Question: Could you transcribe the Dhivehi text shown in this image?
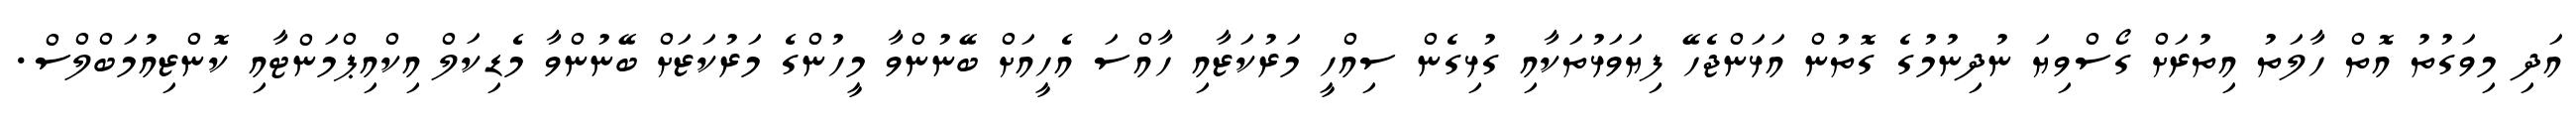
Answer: އަދި މިވަގުތު އޮތް ހާލަތު އިތުރަށް ގޯސްވިޔަ ނުދިނުމުގެ ގޮތުން އަޅަންޖެހޭ ފިޔަވަޅުތަކާއި ގުޅިގެން ސިއްހީ މަރުކަޒާއި ހާއްސަ އެހީއަށް ބޭނުންވާ މީހުންގެ މަރުކަޒަށް ބޭނުންވާ މެޑިކަލް އިކްއިޕްމަންޓާއި ކޮންޒިއުމަބްލްސް.